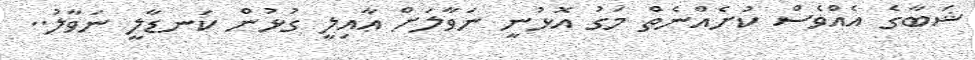
ޝަބާގެ އެއްވެސް ކުށެއްނެތް މަގު އޮޅުނީ ނަވާލަށް ޢާއިލީ ގުޅުން ކަނޑާލީ ނަވާލު..